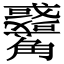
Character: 𧥑